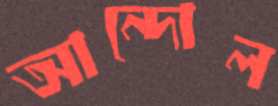
আন্দোল